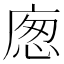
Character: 𢉛